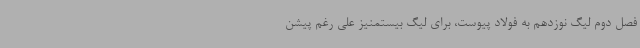
فصل دوم لیگ نوزدهم به فولاد پیوست، برای لیگ بیستمنیز علی رغم پیشن